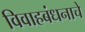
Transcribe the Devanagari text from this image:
विवाहबंधनाचे